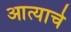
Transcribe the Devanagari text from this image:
आत्याचे